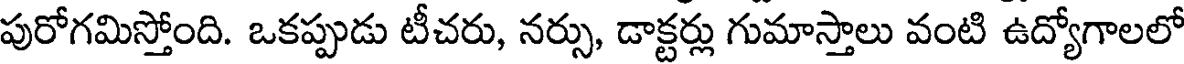
పురోగమిస్తోంది. ఒకప్పుడు టీచరు, నర్సు, డాక్టర్లు గుమాస్తాలు వంటి ఉద్యోగాలలో